EAOK_Mustjala_kogudus, lk 5
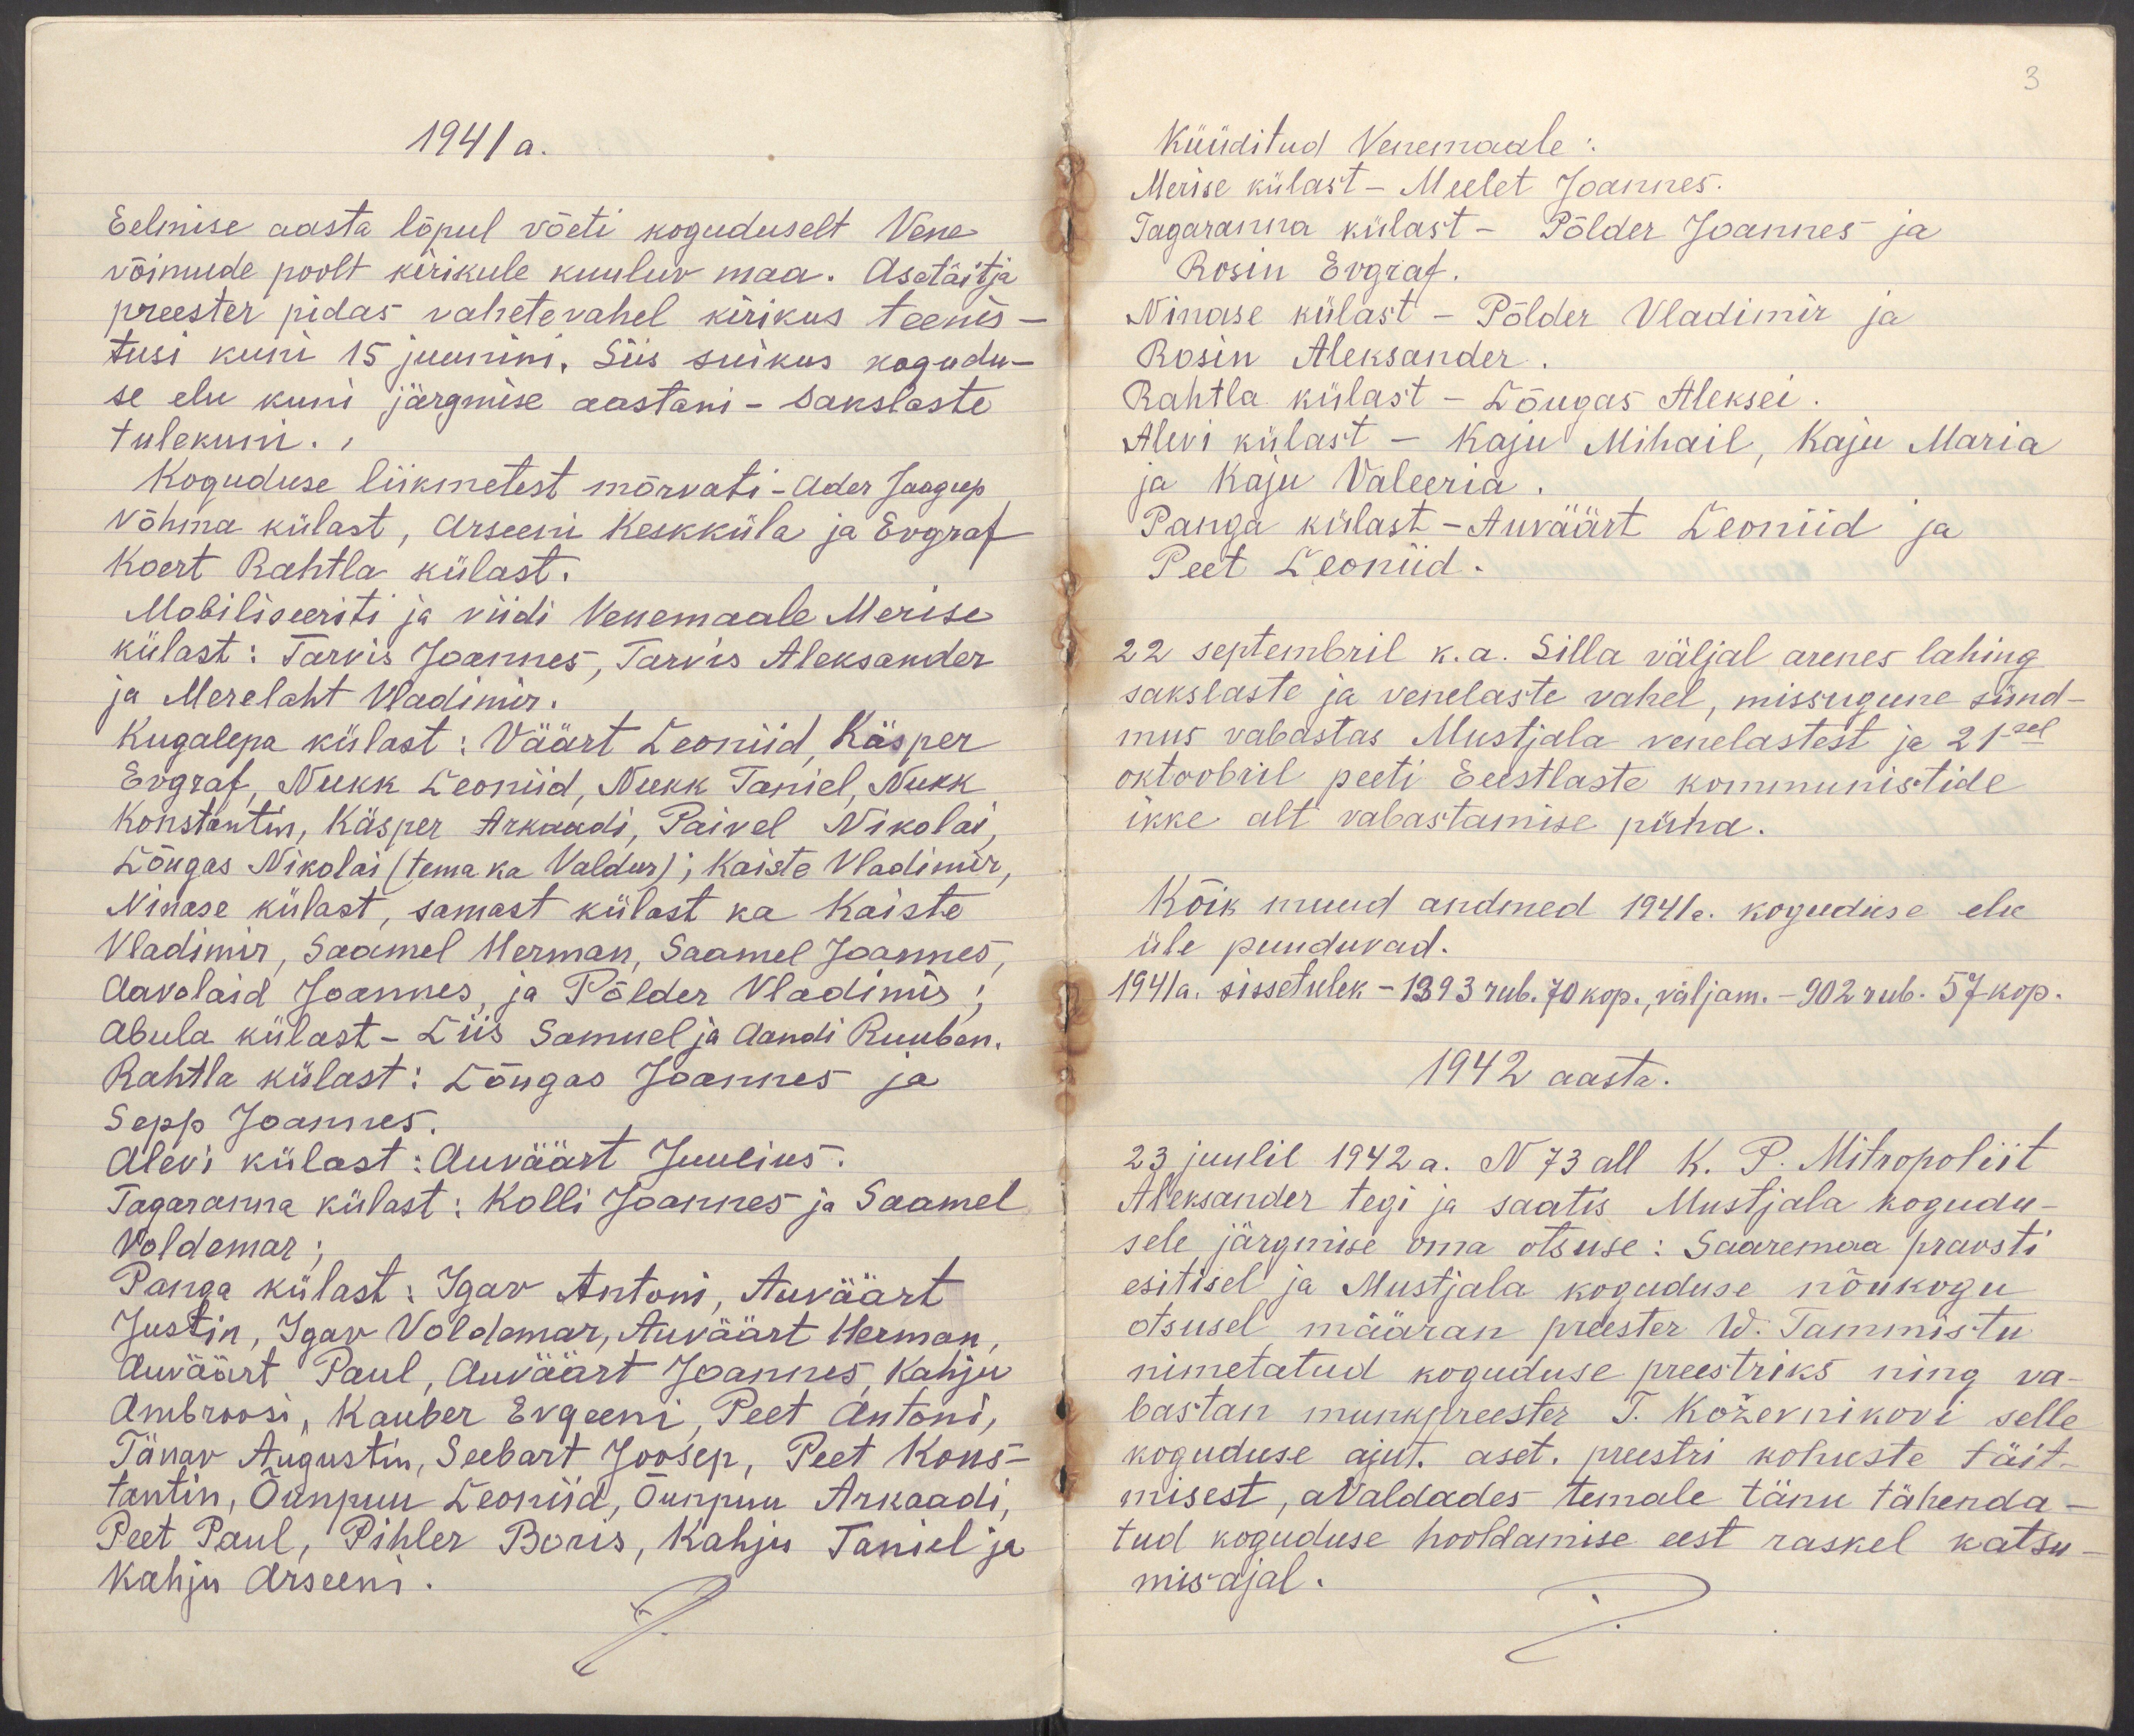
3

1941 a.
Eelmise aasta lõpul võeti koguduselt Vene
võimude poolt kirikule kuuluv maa. Asetäitja
preester pidas vahetevahel kirikus teenis-
tusi kuni 15 juunini. Siis suikus kogudu-
se elu kuni järgmise aastani - sakslaste
tulekuni.
Koguduse liikmetest mõrvati - Ader Jaagup
Võhma külast, Arseeni Keskküla ja Evgraf
Koert Rahtla külast.
Mobiliseeriti ja viidi Venemaale Merise
külast: Tarvis Joannes, Tarvis Aleksander
ja Merelaht Vladimir.
Kugalepa külast: Väärt Leoniid, Käsper
Evgraf, Nukk Leoniid, Nukk Taniel, Nukk
Konstantin, Käsper Arkaadi, Paivel Nikolai,
Lõugas Nikolai (tema ka Valdur); Kaiste Vladimir,
Ninase külast, samast külast ka Kaiste
Vladimir, Saamel Herman, Saamel Joannes,
Aavolaid Joannes, ja Põlder Vladimir;
Abula külast - Liis Samuel ja Aandi Ruuben.
Rahtla külast: Lõugas Joannes ja
Sepp Joannes.
Alevi külast: Auväärt Juulius.
Tagaranna külast: Kolli Joannes ja Saamel
Voldemar;
Panga külast: Igav Antoni, Auväärt
Justin, Igav Voldemar, Auväärt Herman,
Auväärt Paul, Auväärt Joannes, Kahju
Ambroosi, Kauber Evgeeni, Peet Antoni,
Tänav Augustin, Seebart Joosep, Peet Kons-
tantin, Õunpuu Leoniid, Õunpuu Arkaadi,
Peet Paul, Pihler Boris, Kahju Taniel ja
Kahju Arseeni.

Küüditud Venemaale:
Merise külast - Meelet Joannes.
Tagaranna külast - Põlder Joannes ja
Rosin Evgraf.
Ninase külast - Põlder Vladimir ja
Rosin Aleksander.
Rahtla külast - Lõugas Aleksei.
Alevi külast - Kaju Mihail, Kaju Maria
ja Kaju Valeeria.
Panga külast - Auväärt Leoniid ja
Peet Leoniid.
22 septembril k.a. Silla väljal arenes lahing
sakslaste ja venelaste vahel, missugune sünd-
mus vabastas Mustjala venelastest ja 21sel
oktoobril peeti Eeestlaste kommunistide
ikke alt vabastamise püha.
Kõik muud andmed 1941 a. koguduse elu
üle puuduvad.
1941a. sissetulek -1393 rub. 70 kop., väljam.- 902 rub. 57 kop.
1942 aasta.
23 juulil 1942 a. N 73 all K. P. Mitropoliit
Aleksander tegi ja saatis Mustjala kogudu-
sele järgmise oma otsuse: Saaremaa praosti
esitisel ja Mustjala koguduse nõukogu
otsusel määran preester W. Tammistu
nimetatud koguduse preestriks ning va-
bastan munkpreester T. Koževnikovi selle
koguduse ajut. aset. preestri kohuste täit-
misest, avaldades temale tänu tähenda-
tud koguduse hooldamise eest raskel katsu-
mis ajal.